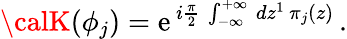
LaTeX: {\calK}(\phi_{j})=\mathrm{e}^{\, i\frac{{\pi}}{{2}}\, \int_{-\infty}^{+\infty}\, dz^{1}\, \pi_{j}(z)}\, .